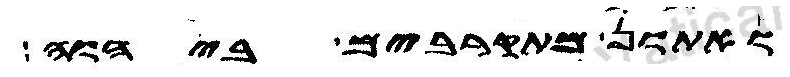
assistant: ואתון מתקרבים ביהוה